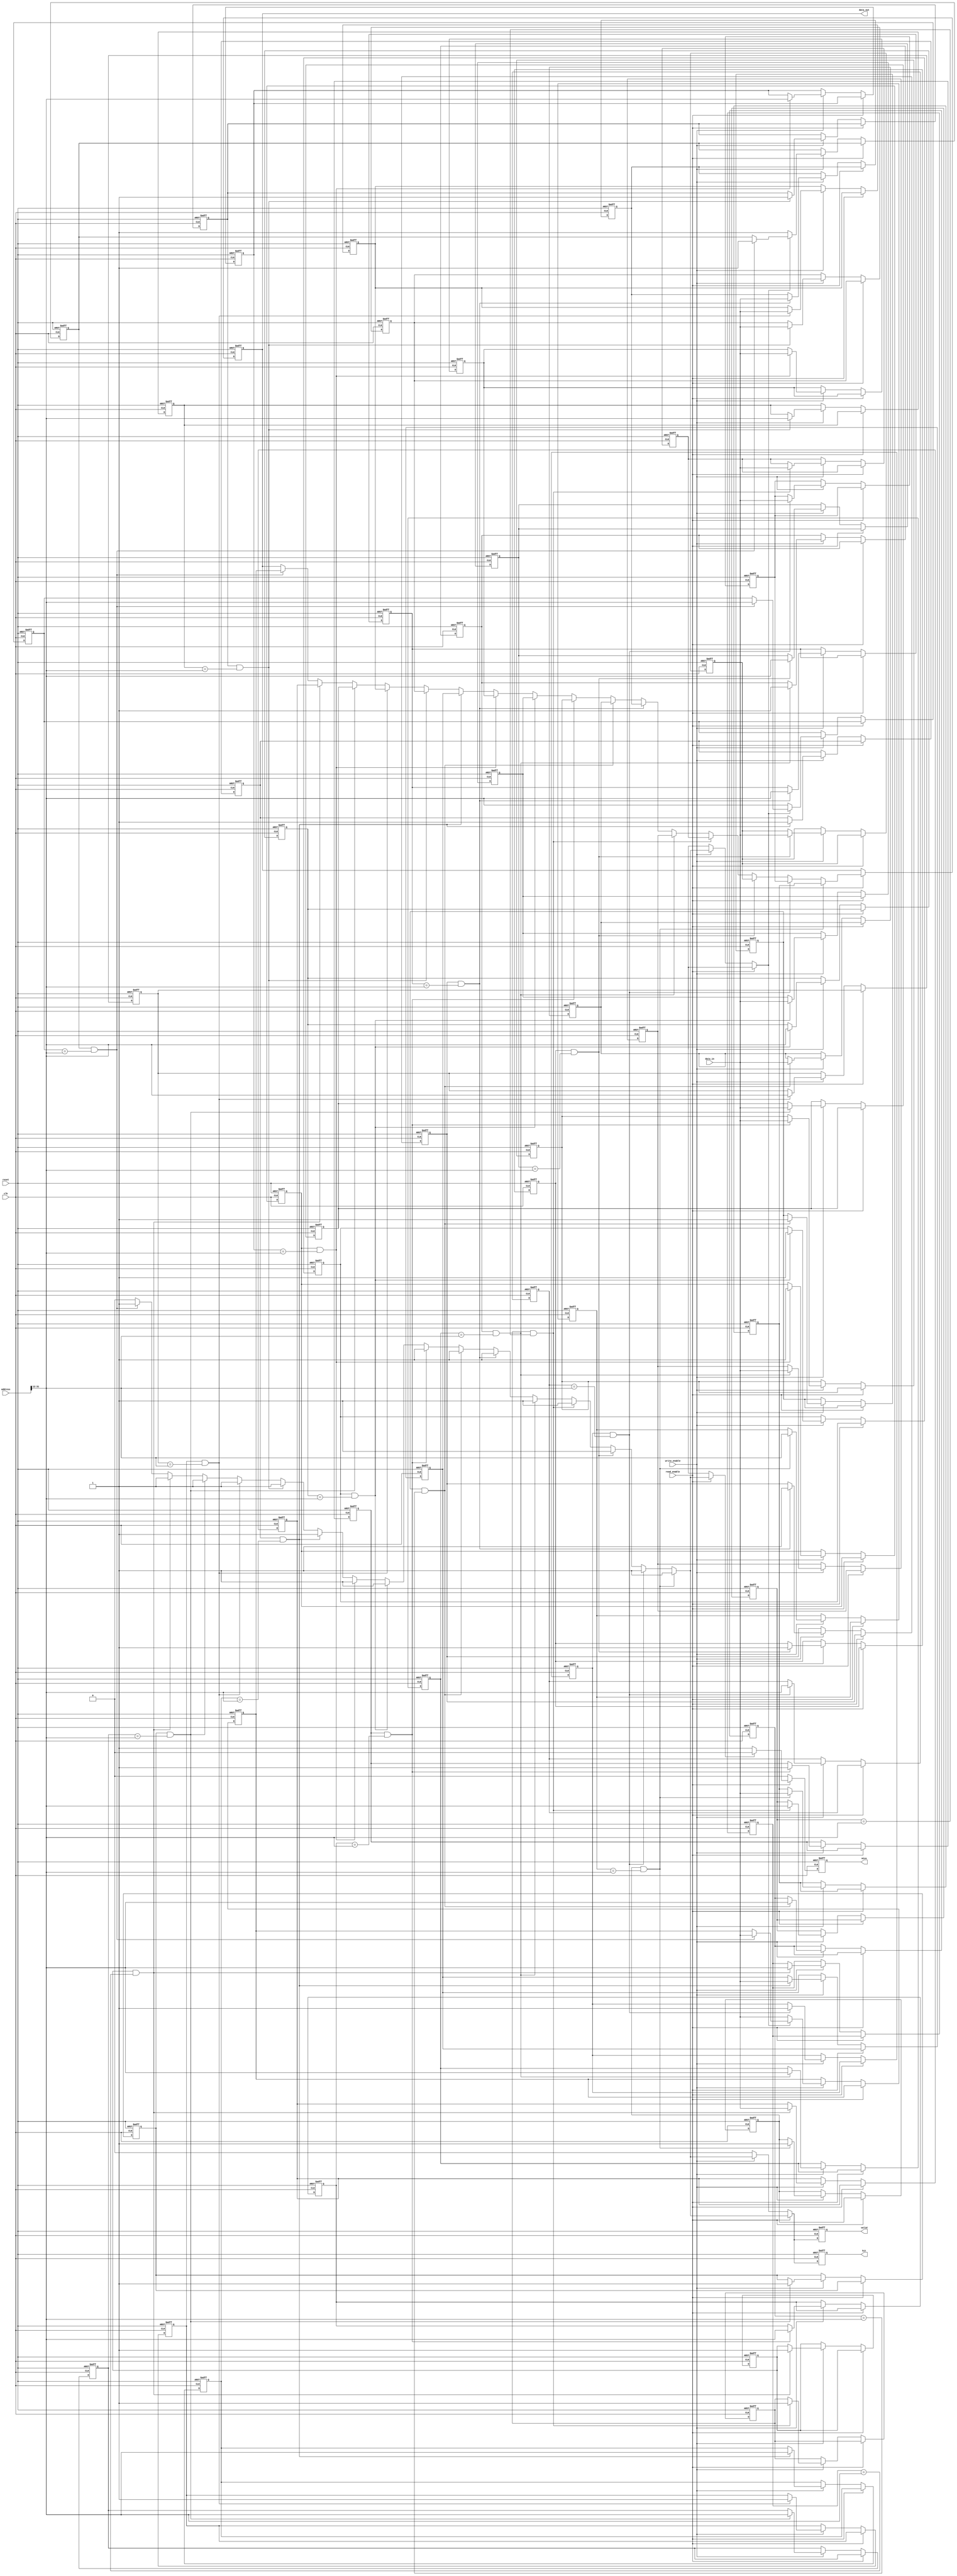
module fully_associative_cache (
    input wire clk,
    input wire reset,
    input wire [31:0] address,      // Assuming 32-bit address
    input wire [127:0] data_in,     // Assuming 128-bit data width
    input wire read_enable,
    input wire write_enable,
    output reg [127:0] data_out,
    output reg hit,
    output reg miss,
    output reg valid
);

    // Define cache line structure
    localparam CACHE_SIZE = 16; // Number of cache lines
    localparam TAG_SIZE = 20;    // Size of the tag (assuming the rest is index)
    
    // Cache line structure
    reg valid_bit [0:CACHE_SIZE-1];
    reg [TAG_SIZE-1:0] tag [0:CACHE_SIZE-1];
    reg [127:0] data [0:CACHE_SIZE-1];

    // Internal signals
    wire [TAG_SIZE-1:0] incoming_tag;
    integer i;
    reg found;

    // Extract tag from address
    assign incoming_tag = address[31:12]; // Example: using upper bits as tag

    // Cache operation
    always @(posedge clk or posedge reset) begin
        if (reset) begin
            // Reset cache
            for (i = 0; i < CACHE_SIZE; i = i + 1) begin
                valid_bit[i] <= 1'b0;
                tag[i] <= {TAG_SIZE{1'b0}};
                data[i] <= {128{1'b0}};
            end
            data_out <= {128{1'b0}};
            hit <= 1'b0;
            miss <= 1'b0;
            valid <= 1'b0;
        end else begin
            hit <= 1'b0;
            miss <= 1'b0;
            valid <= 1'b0;

            if (read_enable) begin
                found = 1'b0;
                for (i = 0; i < CACHE_SIZE; i = i + 1) begin
                    if (valid_bit[i] && (tag[i] == incoming_tag)) begin
                        // Cache hit
                        data_out <= data[i];
                        hit <= 1'b1;
                        valid <= 1'b1;
                        found = 1'b1;
                    end
                end
                if (!found) begin
                    // Cache miss
                    miss <= 1'b1;
                end
            end else if (write_enable) begin
                // Write data to cache
                found = 1'b0;
                for (i = 0; i < CACHE_SIZE; i = i + 1) begin
                    if (valid_bit[i] && (tag[i] == incoming_tag)) begin
                        // Update existing entry
                        data[i] <= data_in;
                        valid_bit[i] <= 1'b1; // Ensure valid bit is set
                        tag[i] <= incoming_tag; // Update tag
                        hit <= 1'b1;
                        valid <= 1'b1;
                        found = 1'b1;
                    end
                end
                if (!found) begin
                    // Cache is full, implement replacement policy (simple FIFO for example)
                    // Here we just overwrite the first line for simplicity
                    data[0] <= data_in;
                    valid_bit[0] <= 1'b1;
                    tag[0] <= incoming_tag;
                end
            end
        end
    end
endmodule